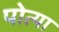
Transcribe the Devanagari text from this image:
पोत्या